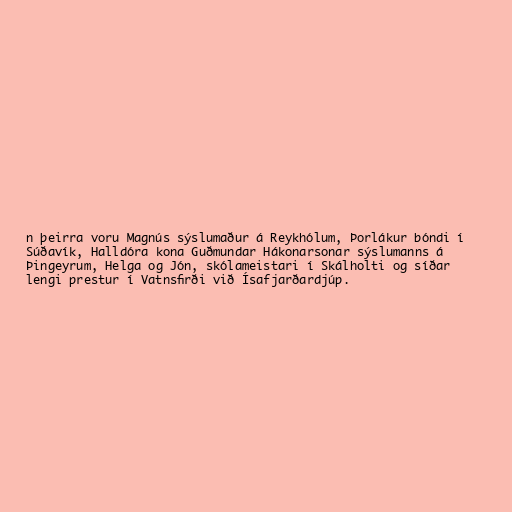
n þeirra voru Magnús sýslumaður á Reykhólum, Þorlákur bóndi í
Súðavík, Halldóra kona Guðmundar Hákonarsonar sýslumanns á
Þingeyrum, Helga og Jón, skólameistari í Skálholti og síðar
lengi prestur í Vatnsfirði við Ísafjarðardjúp.